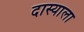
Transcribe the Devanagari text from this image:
दास्याला